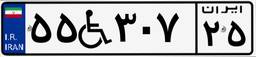
۵۵W۳۰۷۲۵